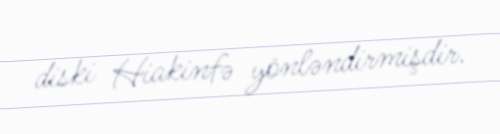
diski Hiakinfə yönləndirmişdir.